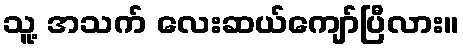
သူ့ အသက် လေးဆယ်ကျော်ပြီလား။